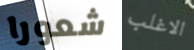
شعورا الاغلب